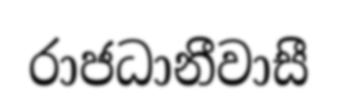
රාජධානීවාසී